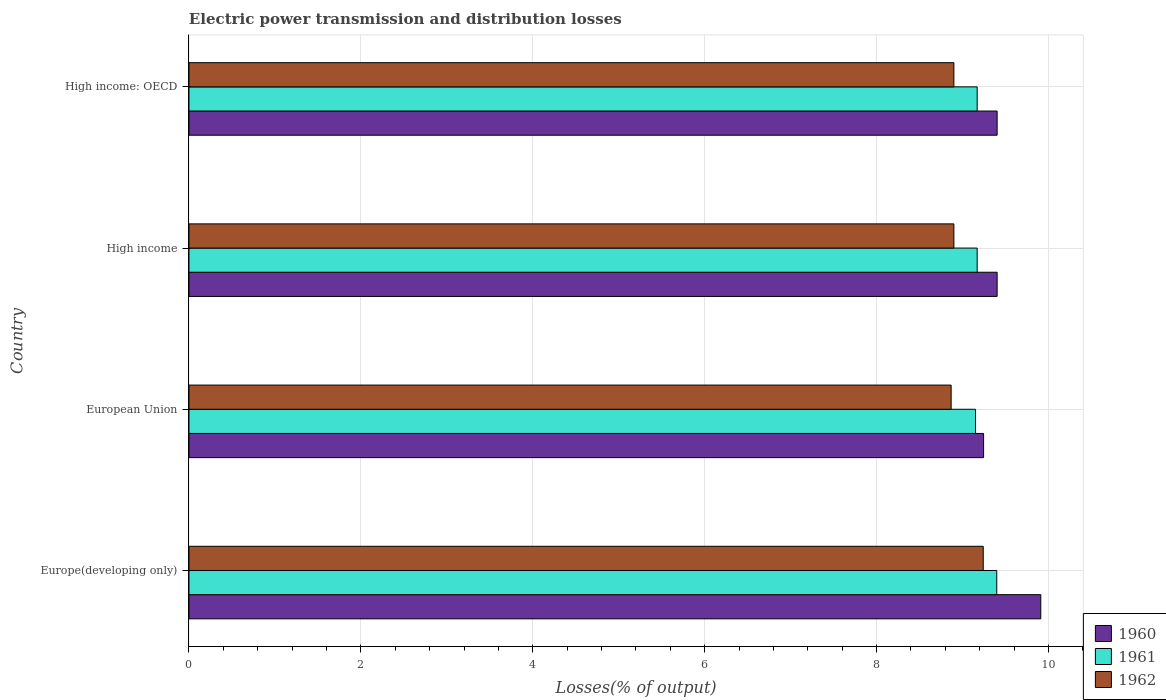
| Country | 1960 | 1961 | 1962 |
 | --- | --- | --- | --- |
 | Europe(developing only) | 9.91 | 9.4 | 9.24 |
 | European Union | 9.25 | 9.15 | 8.87 |
 | High income | 9.4 | 9.17 | 8.9 |
 | High income: OECD | 9.4 | 9.17 | 8.9 |